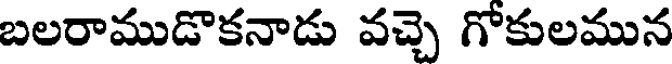
బలరాముడొకనాడు వచ్చె గోకులమున